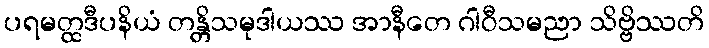
ပရမတ္ထဒီပနိယံ တန္တိသမုဒါယဿ အာနီတေ ဂါဝီသမညာ သိဗ္ဗိဿတိ